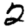
Digit: 2